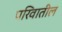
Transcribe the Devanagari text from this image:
परिवातील